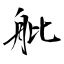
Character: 舭